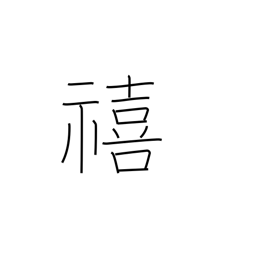
Meaning: fortunate